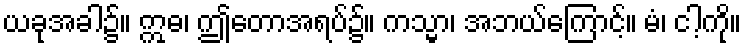
ယခုအခါ၌။ ဣဓ၊ ဤတောအရပ်၌။ ကသ္မာ၊ အဘယ်ကြောင့်။ မံ၊ ငါ့ကို။